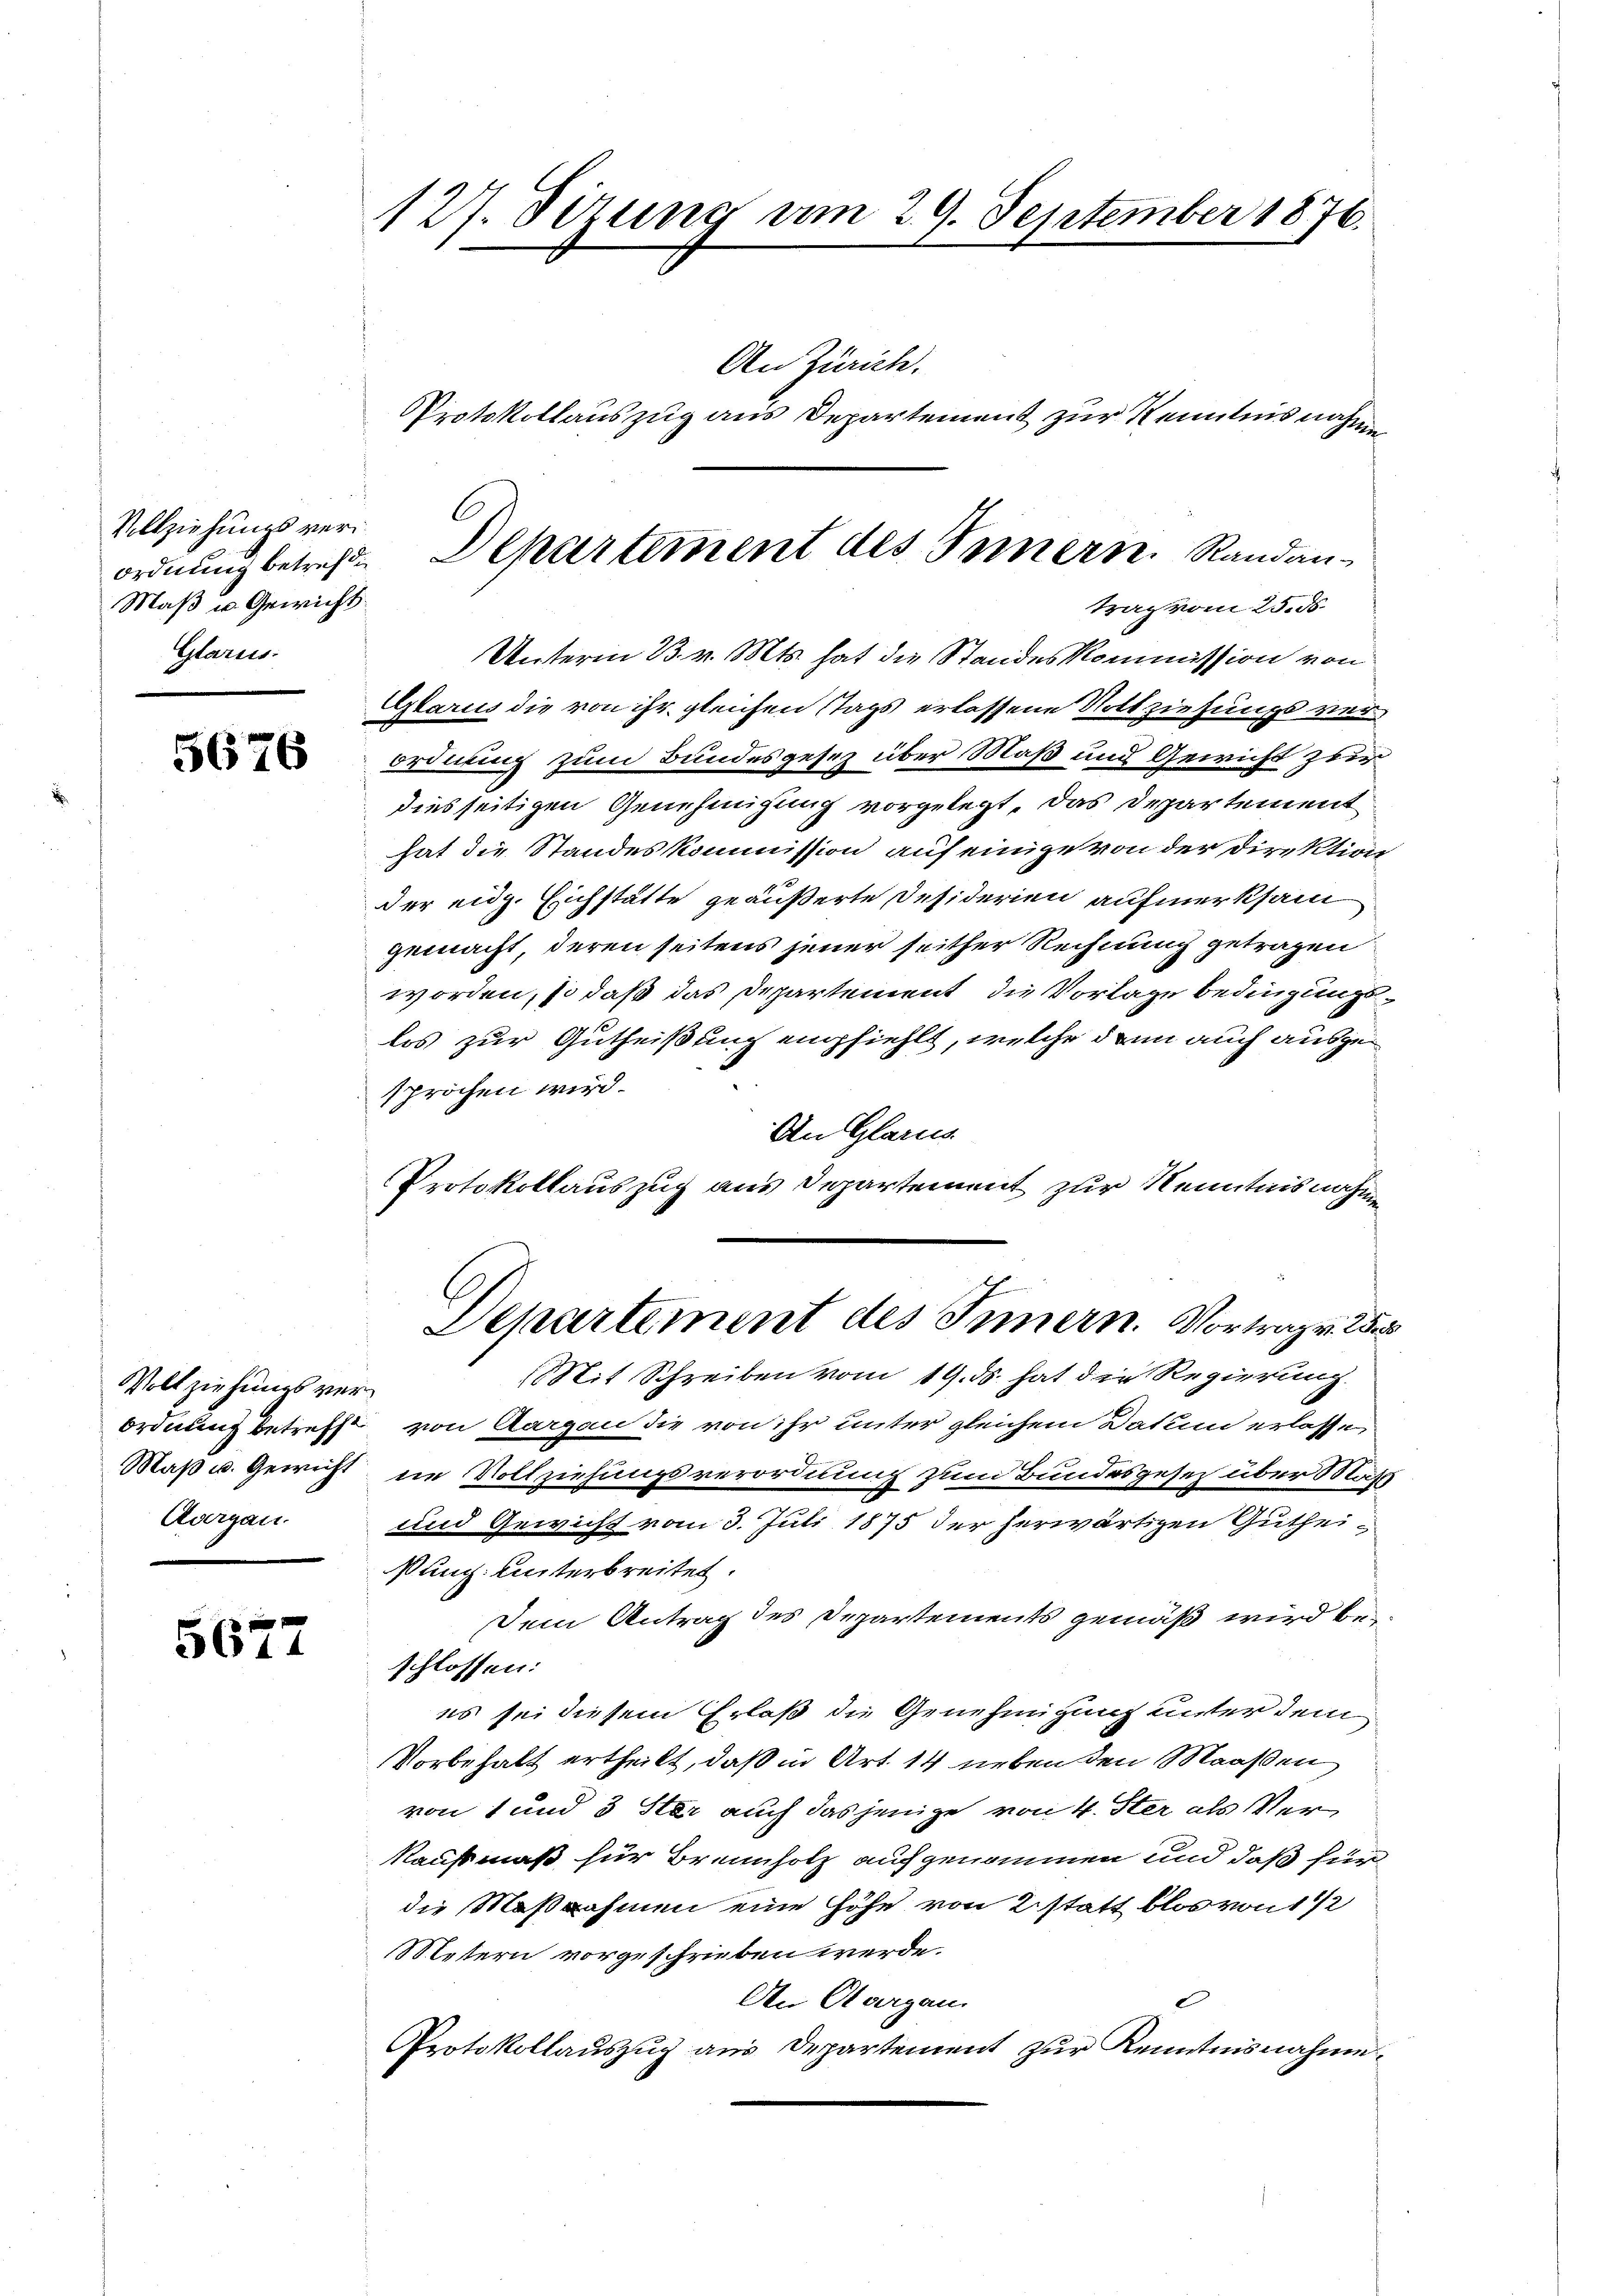
Vollziehungsverordnung betreffi¬
Maß u. Gewicht
Glarus:

5676

Vollziehungs ver¬
Aargau.

5677

127. Sezung am 29. September 1876.
An Zürich.
Protokollauszug aus Departement zur Kenntnis nahmen

Unterm 13. v. Mts. hat die Standeskommission von
Glarus die von ihr gleichen Stags erlassene Nottziehungs verordnung zum Bundesgesez über Maß und Gewicht zur
diesseitigen Genehmigung vorgelegt, das Departement
hat die Standeskommission auf einige von der Direktion
der eidg. Eichstätte geäußerte Desiderien aufmerksam
gemacht, deren seitens jener seither Rechnung getragen
worden, so daß das Departement, die Vorlage bedingungslos zur Gutheißung empfiehlt, welche dann auch ausgesprochen wird.
An Glarus
Protokollauszug aus Departement zur Kenntnisnahme

Departement des Innern. Randantrag vom 25. ds.

Departement des Innern. Vortrag. 25

Mit Schreiben vom 19. ds. hat die Regierung
Ordnung betrefft von Aargau die von ihr unter gleichem Datum erlassen
Maß u. Gewicht in Vollziehungsverordnung zum Bundesgesetz über Mass
und Gewicht vom 3. Juli 1875 der herwärtigen Gutheißung. Unterbreitet.
Dem Antrag des Departements gemäß wird beschlossen:
es sei diesem Erlaß die Genehmigung unter dem
Vorbehalt ertheilt, daß in Art. 14 neben den Maaßen
von 1 und 3 Ster auch das jenige von 4. Ster als Verkaufsmaß für Brennholz aufgenommen und daß für
die Maßnahmen eine Höhe von 2 statt blos von 1 1/2
Metern vorgeschrieben werde.
An Aargau.
Protokollauszug aus Departement zur Kenntnisnahme.